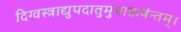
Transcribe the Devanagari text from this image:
दिग्वस्त्राद्युपदातुमुपाकर्षन्तम्‌।